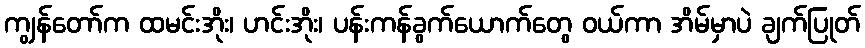
ကျွန်တော်က ထမင်းအိုး၊ ဟင်းအိုး၊ ပန်းကန်ခွက်ယောက်တွေ ဝယ်ကာ အိမ်မှာပဲ ချက်ပြုတ်